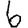
Digit: 6